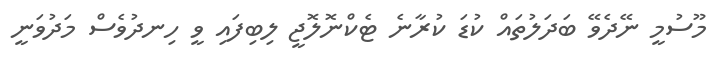
މޫސުމީ ނޭދެވޭ ބަދަލުތައް ކުޑަ ކުރާނެ ޓެކްނޮލޮޖީ ލިބިފައި ވީ ހިނދުވެސް މަދުވަނީ